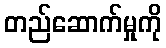
တည်ဆောက်မှုကို